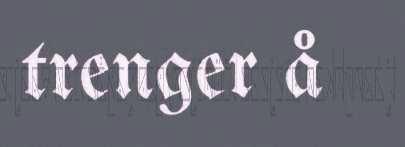
trenger å